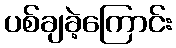
ပစ်ချခဲ့ကြောင်း